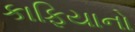
કાફિયાનો